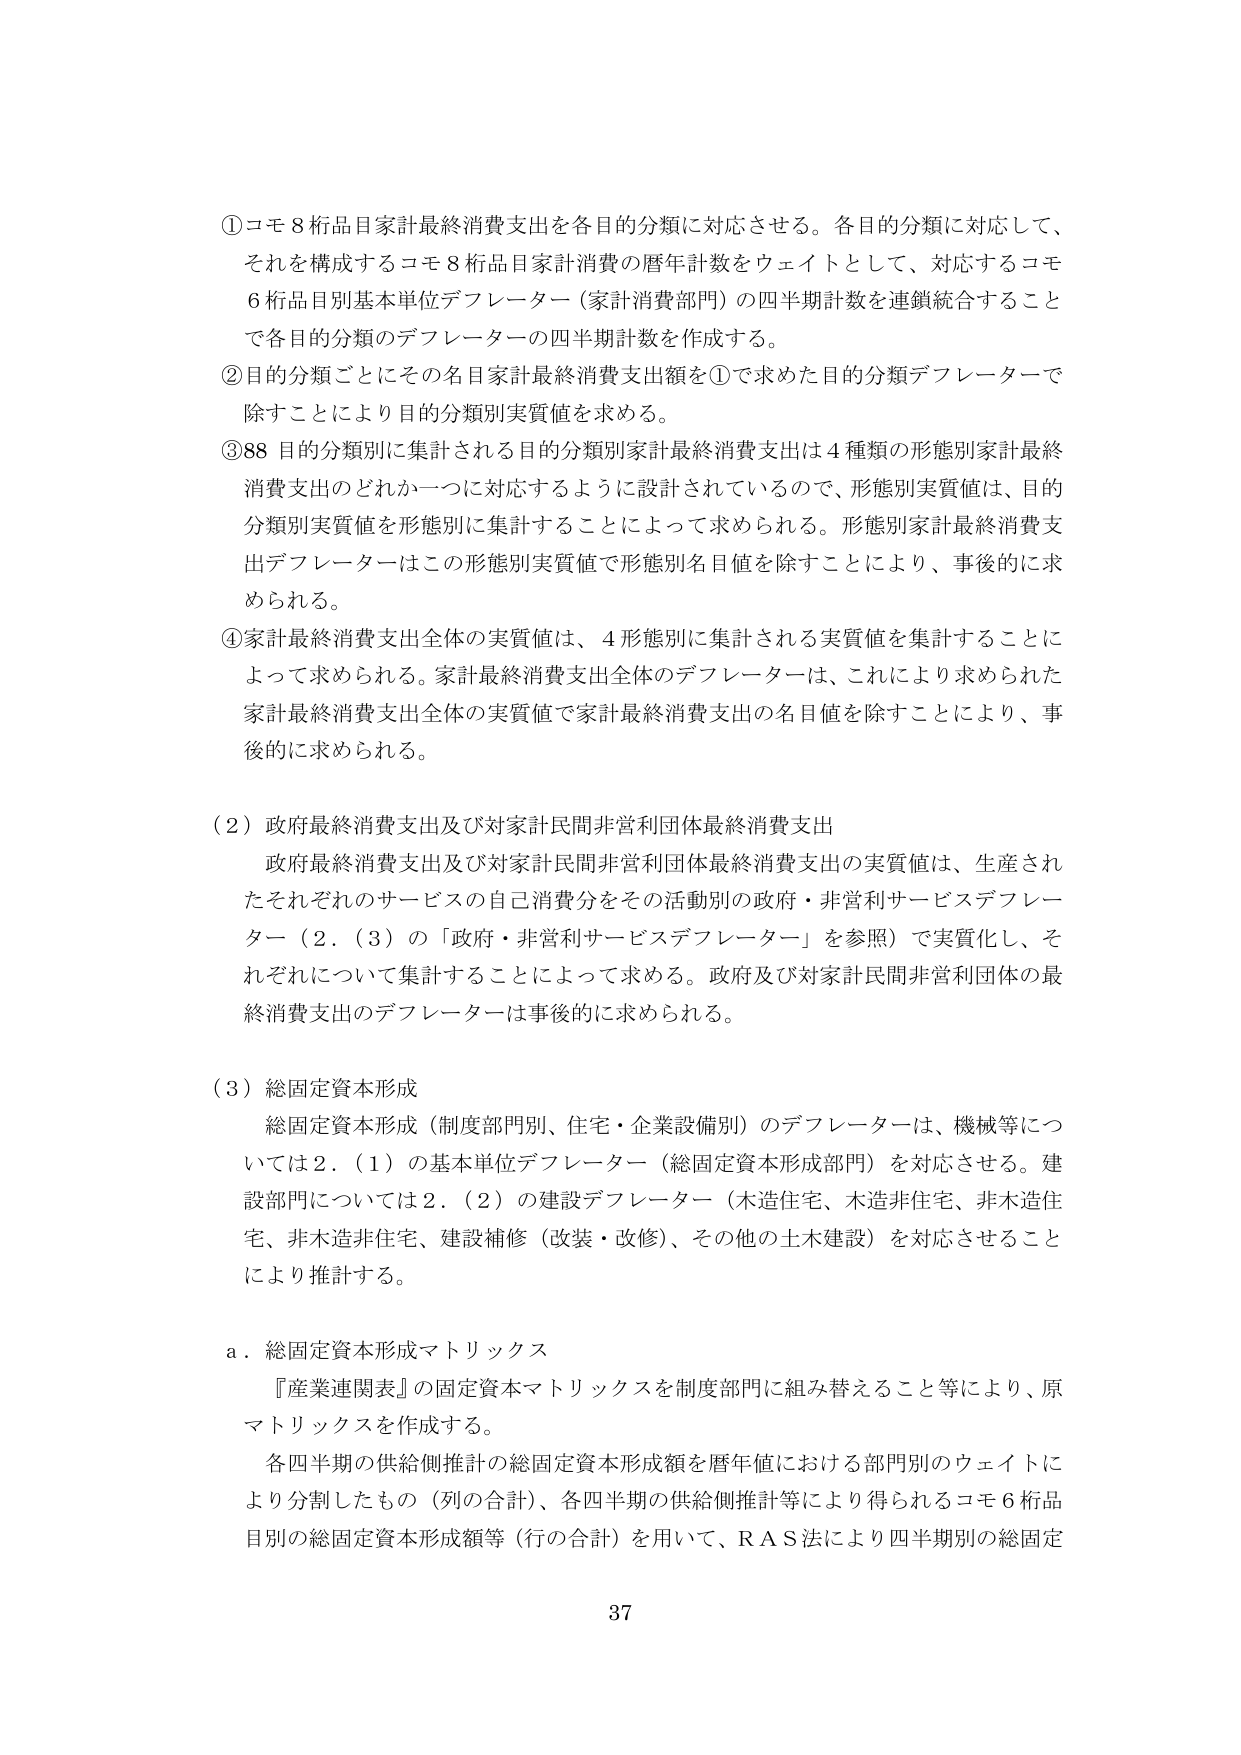
①コモ8桁品目家計最終消費支出を各目的分類に対応させる。各目的分類に対応して、それを構成するコモ8桁品目家計消費の暦年計数をウェイトとして、対応するコモ6桁品目別基本単位デフレーター（家計消費部門）の四半期計数を連鎖統合することで各目的分類のデフレーターの四半期計数を作成する。

②目的分類ごとにその名目家計最終消費支出額を①で求めた目的分類デフレーターで除すことにより目的分類別実質値を求める。

③88目的分類別に集計される目的分類別家計最終消費支出は4種類の形態別家計最終消費支出のどれか一つに対応するように設計されているので、形態別実質値は、目的分類別実質値を形態別に集計することによって求められる。形態別家計最終消費支出デフレーターはこの形態別実質値で形態別名目値を除すことにより、事後的に求められる。

④家計最終消費支出全体の実質値は、4形態別に集計される実質値を集計することによって求められる。家計最終消費支出全体のデフレーターは、これにより求められた家計最終消費支出全体の実質値で家計最終消費支出の名目値を除すことにより、事後的に求められる。

（2）政府最終消費支出及び対家計民間非営利団体最終消費支出
政府最終消費支出及び対家計民間非営利団体最終消費支出の実質値は、生産されたそれぞれのサービスの自己消費分をその活動別の政府・非営利サービスデフレーター（2．（3）の「政府・非営利サービスデフレーター」を参照）で実質化し、それぞれについて集計することによって求める。政府及び対家計民間非営利団体の最終消費支出のデフレーターは事後的に求められる。

（3）総固定資本形成
総固定資本形成（制度部門別、住宅・企業設備別）のデフレーターは、機械等については2．（1）の基本単位デフレーター（総固定資本形成部門）を対応させる。建設部門については2．（2）の建設デフレーター（木造住宅、木造非住宅、非木造住宅、非木造非住宅、建設補修（改装・改修）、その他の土木建設）を対応させることにより推計する。

a．総固定資本形成マトリックス
『産業連関表』の固定資本マトリックスを制度部門に組み替えること等により、原マトリックスを作成する。
各四半期の供給側推計の総固定資本形成額を暦年値における部門別のウェイトにより分割したもの（列の合計）、各四半期の供給側推計等により得られるコモ6桁品目別の総固定資本形成額等（行の合計）を用いて、RAS法により四半期別の総固定

37